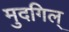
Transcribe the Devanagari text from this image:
मुदगिल्